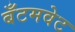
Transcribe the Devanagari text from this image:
बँटमवेट